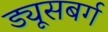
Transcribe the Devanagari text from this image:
ड्यूसबर्ग